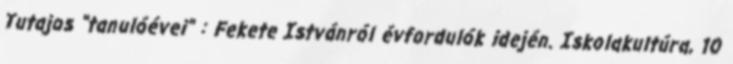
Tutajos "tanulóévei" : Fekete Istvánról évfordulók idején. Iskolakultúra, 10